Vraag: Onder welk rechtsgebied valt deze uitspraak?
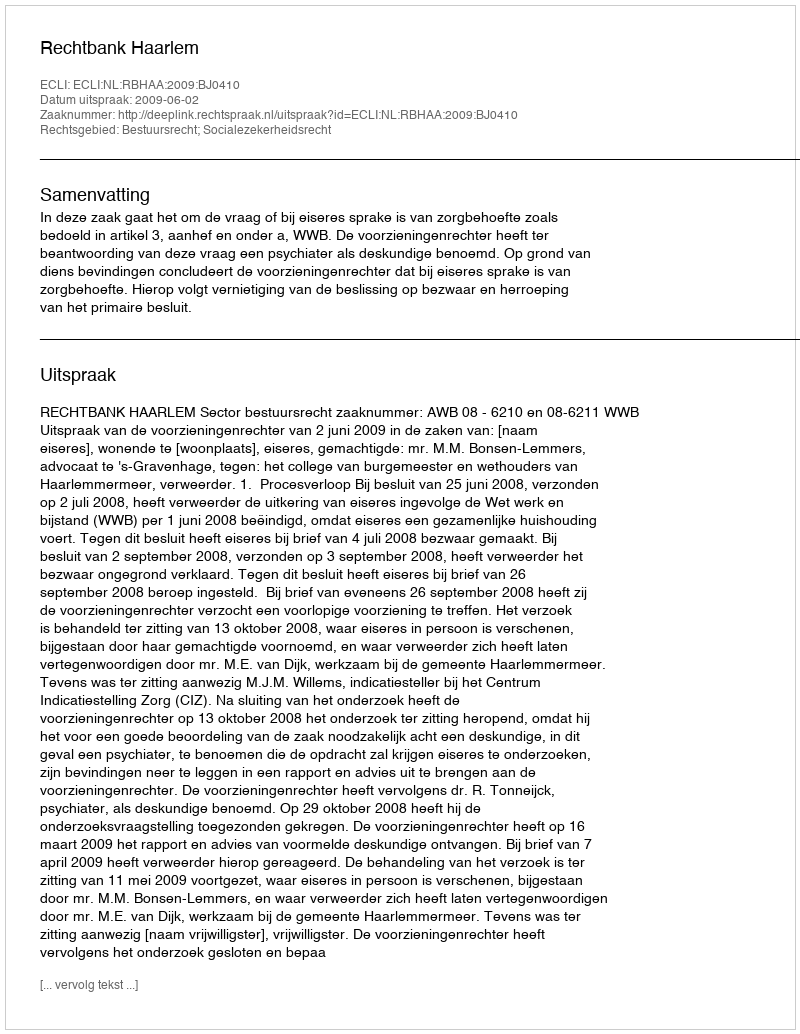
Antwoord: Bestuursrecht; Socialezekerheidsrecht